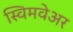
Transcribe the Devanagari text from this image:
स्विमवेअर